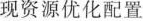
现资源优化配置